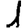
Digit: 1